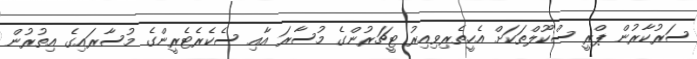
ސަރުކާރުން ޕްރީ ސްކޫލްތަކަށް އެހީތެރިވިއިރު ޓީޗަރުންގެ މުސާރަ އާއި ސެކެރެޓެރީންގެ މުސާރައިގެ އިތުރުން